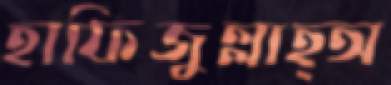
হাফিজুল্লাহ্অ